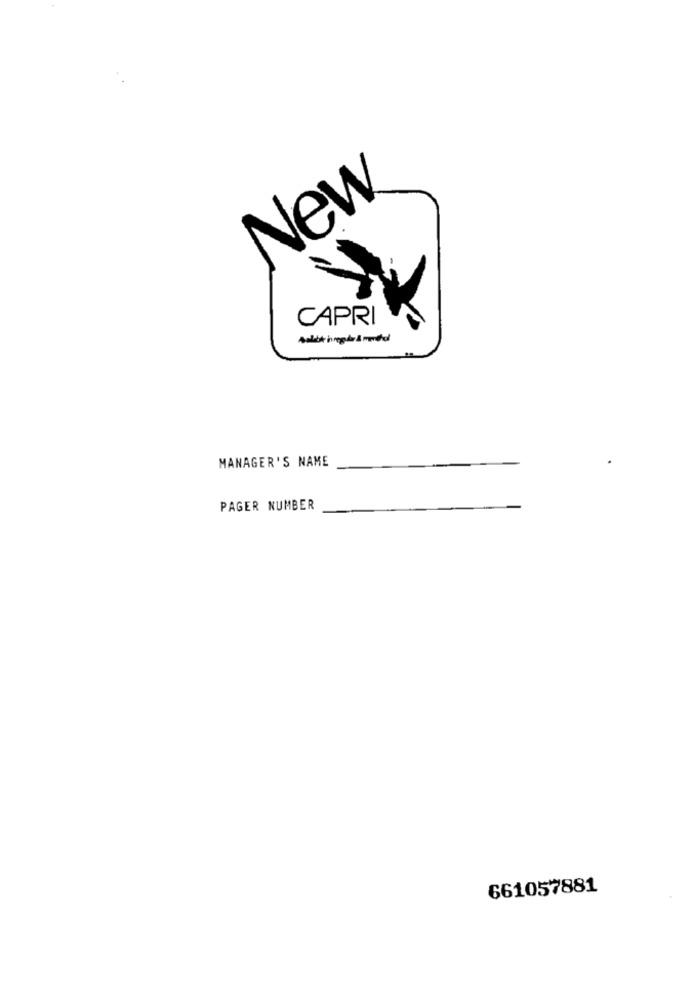
New
CAPRI
MANAGER'S NAME
PAGER NUMBER
661057881